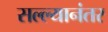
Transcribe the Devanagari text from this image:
सल्ल्यानंतर